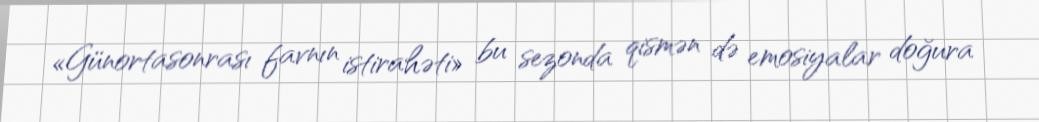
«Günortasonrası favnın istirahəti» bu sezonda qismən də emosiyalar doğura